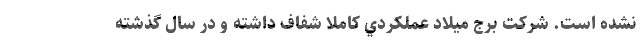
نشده است. شركت برج ميلاد عملكردي كاملاً شفاف داشته و در سال گذشته